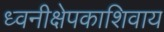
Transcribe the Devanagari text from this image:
ध्वनीक्षेपकाशिवाय